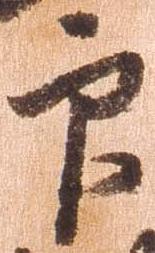
印